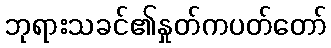
ဘုရားသခင်၏နှုတ်ကပတ်တော်